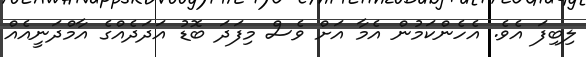
ލިބިފަ އެވެ. އެހެންކަމުން އެމާ އަށް ވެސް މިފަދަ ބޮޑު އަދަދެއްގެ އާމްދަނީއެއް